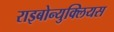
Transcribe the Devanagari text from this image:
राइबोन्युक्लियस